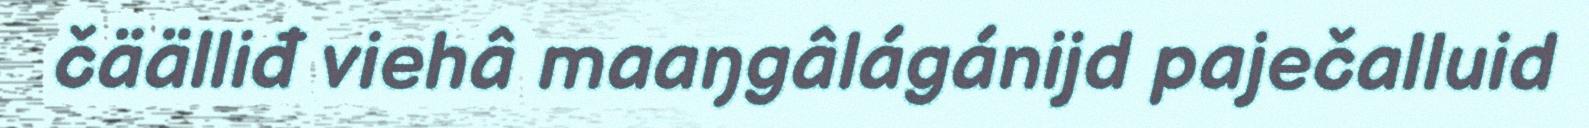
čäälliđ viehâ maaŋgâlágánijd paječalluid